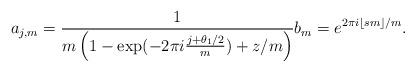
LaTeX: \begin{align*}a_{j,m} = \frac{1}{ m\left( 1 - \exp( - 2 \pi i \frac{j+\theta_1/2}{m} ) + z/m \right) } b_m = e^{ 2 \pi i \lfloor sm \rfloor/m}.\end{align*}